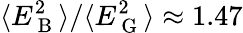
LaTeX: \langle E_{\mathrm{~B~}}^{2}\rangle/\langle E_{\mathrm{~G~}}^{2}\rangle\approx 1.47